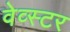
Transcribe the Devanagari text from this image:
वेव्स्टर